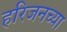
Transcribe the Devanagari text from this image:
हरिजनच्या